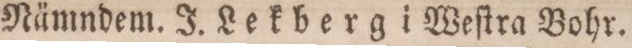
Nämndem. J. Lekberg i Weſtra Bohr.